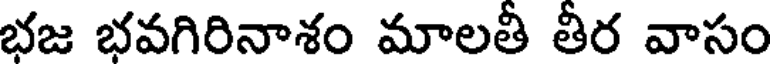
భజ భవగిరినాశం మాలతీ తీర వాసం